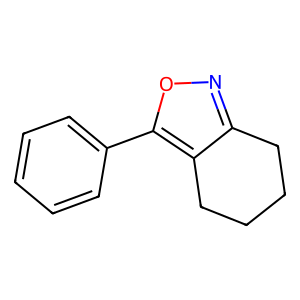
SMILES: c1ccc(-c2onc3c2CCCC3)cc1
Inhibits HIV replication: No